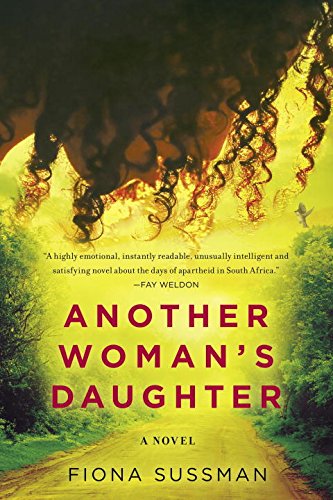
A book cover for Another Woman's Daughter (U.S edition); Fiona Sussman; Literature & Fiction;